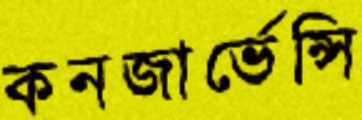
কনজার্ভেন্সি